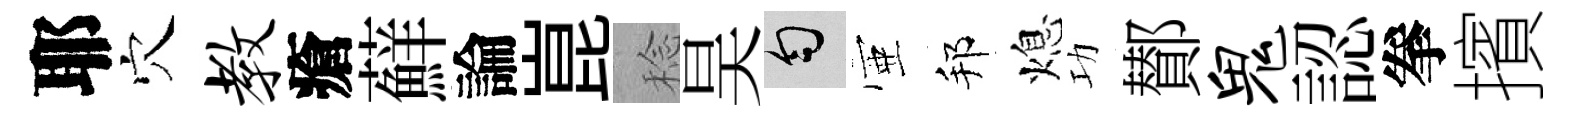
耶穴教瘡蘚論崑稔昊匀壺邦熄功鄼鬼認拳擯